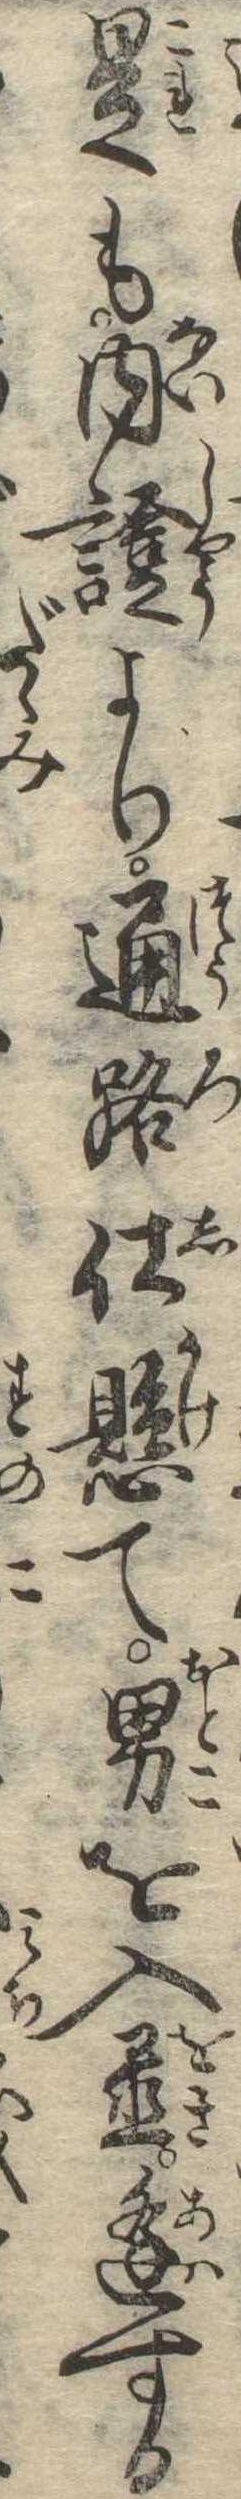
是も内証より通路仕掛て男を入置逢する